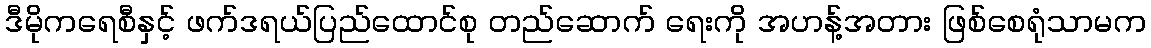
ဒီမိုကရေစီနှင့် ဖက်ဒရယ်ပြည်ထောင်စု တည်ဆောက် ရေးကို အဟန့်အတား ဖြစ်စေရုံသာမက